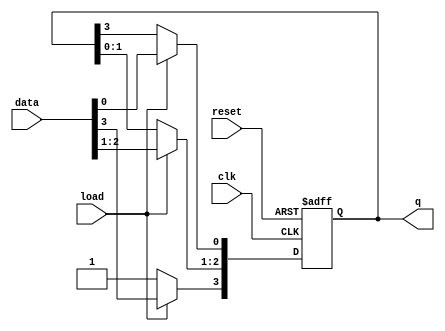
module LoadableRingCounter #(
    parameter N = 4  // Define the number of bits for the counter
) (
    input wire clk,               // Clock signal
    input wire reset,             // Asynchronous reset
    input wire load,              // Load control signal
    input wire [N-1:0] data,      // Input data bus for loading
    output reg [N-1:0] q          // Output representing the current state of the counter
);

    // Initial state of the counter
    initial begin
        q = 0; // Initialize the counter state to 0
    end

    always @(posedge clk or posedge reset) begin
        if (reset) begin
            // On reset, initialize the counter to a default state (e.g., '0001')
            q <= 1; // Starting with a single '1' at the least significant bit
        end else if (load) begin
            // Load the value from the data input when load is high
            q <= data;
        end else begin
            // Normal mode: Shift the '1' through the counter
            // Shift the '1' to the left circularly
            q <= {q[N-2:0], q[N-1]}; // Shift left
            q[0] <= q[N-1];          // Wrap around the last bit to the first
            q[N-1] <= 0;             // Clear the last bit after shifting
            q[N-1] <= 1;             // Set the last bit to '1'
        end
    end

endmodule